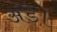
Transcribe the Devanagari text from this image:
अंडे।